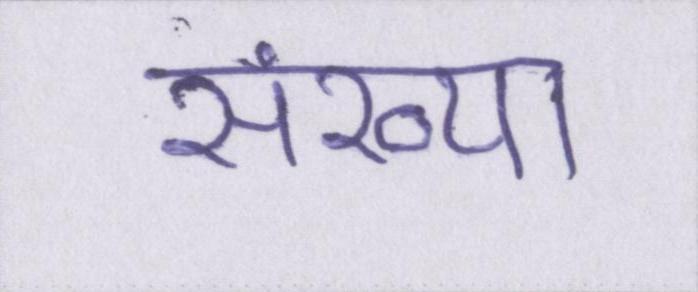
संख्या